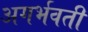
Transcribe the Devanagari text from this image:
अगर्भवती